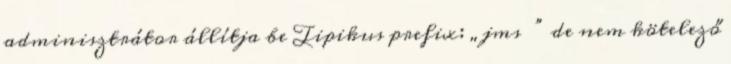
adminisztrátor állítja be Tipikus prefix: „jms ” de nem kötelező